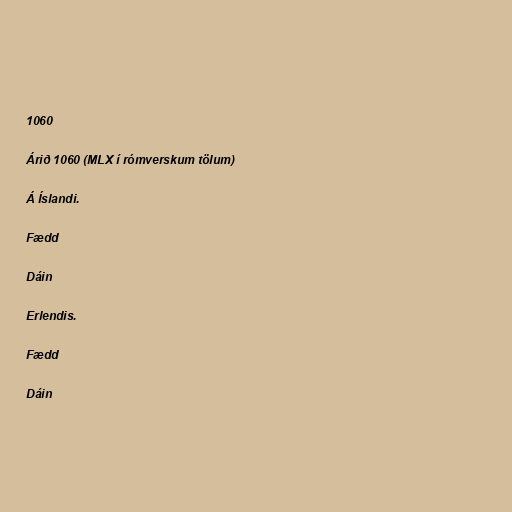
1060

Árið 1060 (MLX í rómverskum tölum)

Á Íslandi.

Fædd

Dáin

Erlendis.

Fædd

Dáin